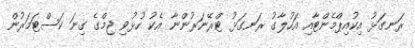
ރަނގަޅު އިކުއިޕްމެންޓާއި އަހުލާގު ރަނގަޅު ޓްރޭނަރުންނާ އެކު ހުޅުވި ޖިމްގެ ގިނަ ކަސްޓަމަރުން